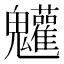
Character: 𩵄